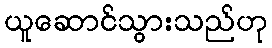
ယူဆောင်သွားသည်ဟု